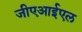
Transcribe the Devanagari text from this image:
जीएआईएल